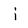
Character: i